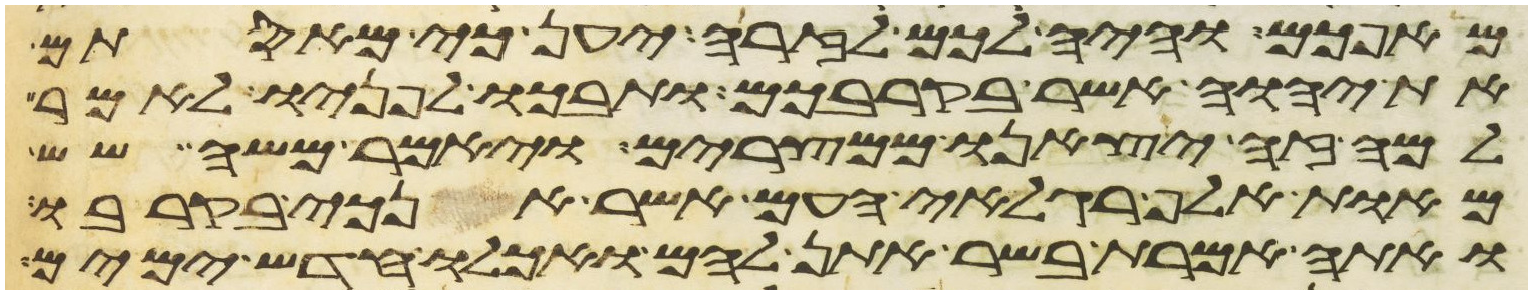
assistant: מאפכם והיה לכם לזרה יען כי מאסתם
את יהוה אשר בקרבכם ותבכו לפניו לאמר
למה זה יצאנו ממצרים ויאמר משה שש
מאות אלף רגלאי העם אשר אנכי בקרבו
ואתה אמרת בשר אתן להם ואכלו חדש ימים